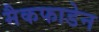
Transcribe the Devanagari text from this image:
मैकफाडेन